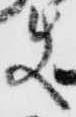
使